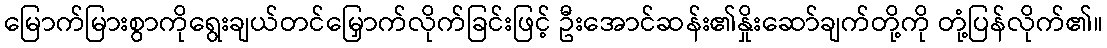
မြောက်မြားစွာကိုရွေးချယ်တင်မြှောက်လိုက်ခြင်းဖြင့် ဦးအောင်ဆန်း၏နှိုးဆော်ချက်တို့ကို တုံ့ပြန်လိုက်၏။